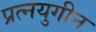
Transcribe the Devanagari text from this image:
प्रत्नयुगीन